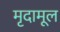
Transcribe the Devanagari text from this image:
मृदामूल